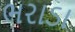
ભરાડા